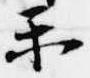
楽